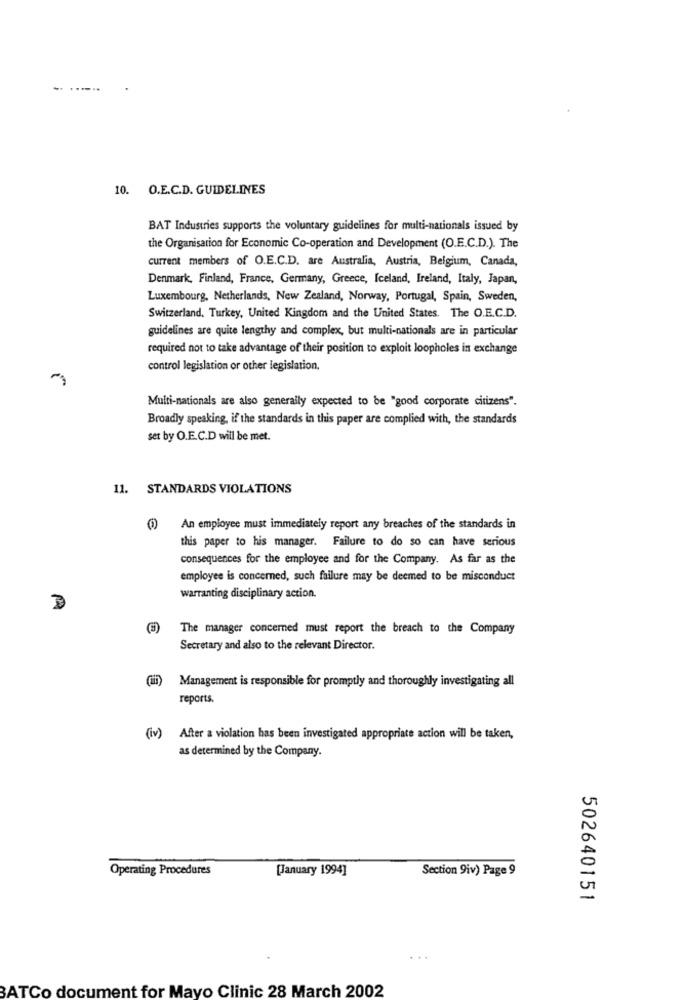
.......
10. O.E.C.D. GUIDELINES
BAT Industries supports the voluntary guidelines for multi-nationals issued by
the Organisation for Economic Co-operation and Development (O.E.C.D.). The
current members of O.E.C.D. are Australia, Austria, Belgium, Canada,
Denmark, Finland, France, Germany, Greece, Iceland, Ireland, Italy, Japan,
Luxembourg, Netherlands, New Zealand, Norway, Portugal, Spain, Sweden,
Switzerland. Turkey, United Kingdom and the United States. The O.E.C.D.
guidelines are quite lengthy and complex, but multi-nationals are in particular
required not to take advantage of their position to exploit loopholes in exchange
control legislation or other legislation.
Multi-nationals are also generally expected to be "good corporate citizens".
Broadly speaking, if the standards in this paper are complied with, the standards
set by O.E.C.D will be met.
11. STANDARDS VIOLATIONS
An employee must immediately report any breaches of the standards in
this paper to his manager. Failure to do so can have serious
consequences for the employee and for the Company. As far as the
employee is concerned, such failure may be deemed to be misconduct
warranting disciplinary action.
The manager concerned must report the breach to the Company
Secretary and also to the relevant Director.
Management is responsible for promptly and thoroughly investigating all
reports.
(iv) After a violation has been investigated appropriate action will be taken,
as determined by the Company.
Operating Procedures
[January 1994]
Section 9iv) Page 9
502640151
BATCo document for Mayo Clinic 28 March 2002